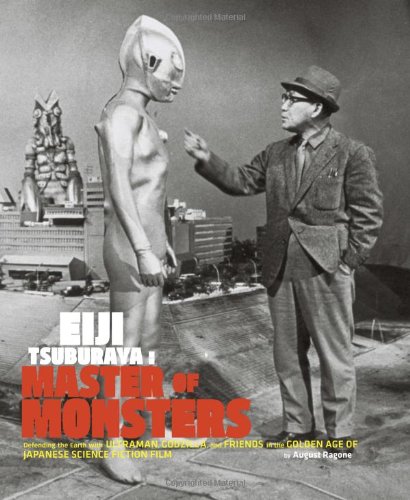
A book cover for Eiji Tsuburaya: Master of Monsters: Defending the Earth with Ultraman, Godzilla, and Friends in the Golden Age of Japanese Science Fiction Film; August Ragone; Biographies & Memoirs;